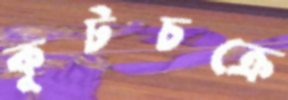
কূটচক্রে